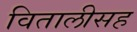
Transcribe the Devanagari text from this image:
वितालीसह